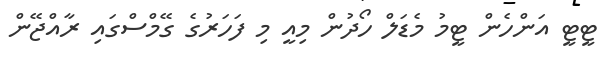
ޓީޓީ އަންހެން ޓީމު މެޑަލް ހޯދުން މިއީ މި ފަހަރުގެ ގޭމްސްގައި ރާއްޖޭން